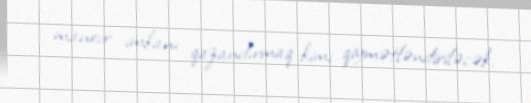
manevr imkanı qazandırmaq kimi qiymətləndiriləcək.